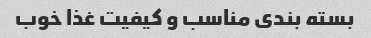
بسته بندی مناسب و کیفیت غذا خوب